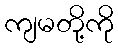
ကျမတို့ကို